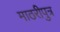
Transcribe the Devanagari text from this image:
माठरीपुत्र